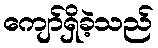
ကျော်ရှိခဲ့သည်